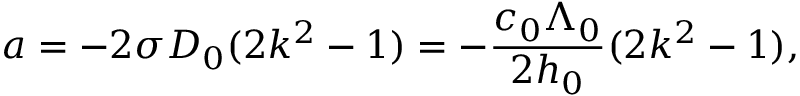
a = - 2 \sigma D _ { 0 } ( 2 k ^ { 2 } - 1 ) = - \frac { c _ { 0 } \Lambda _ { 0 } } { 2 h _ { 0 } } ( 2 k ^ { 2 } - 1 ) ,